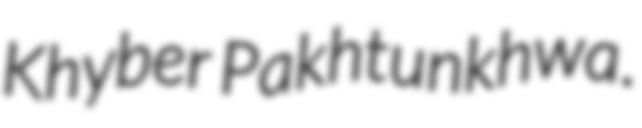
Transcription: Khyber Pakhtunkhwa.